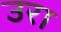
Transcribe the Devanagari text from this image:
उरा